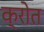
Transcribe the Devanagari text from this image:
क्रोत